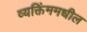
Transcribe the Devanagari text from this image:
व्यक्तिंममधील